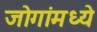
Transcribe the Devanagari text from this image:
जोगांमध्ये